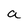
Character: a